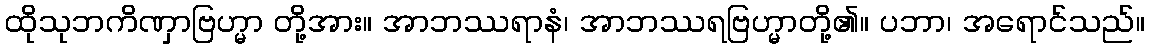
ထိုသုဘကိဏှာဗြဟ္မာ တို့အား။ အာဘဿရာနံ၊ အာဘဿရဗြဟ္မာတို့၏။ ပဘာ၊ အရောင်သည်။